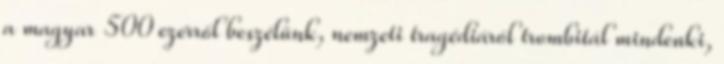
a magyar 500 ezerről beszélünk, nemzeti tragédiáról trombitál mindenki,